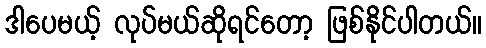
ဒါပေမယ့် လုပ်မယ်ဆိုရင်တော့ ဖြစ်နိုင်ပါတယ်။